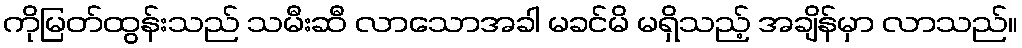
ကိုမြတ်ထွန်းသည် သမီးဆီ လာသောအခါ မခင်မိ မရှိသည့် အချိန်မှာ လာသည်။